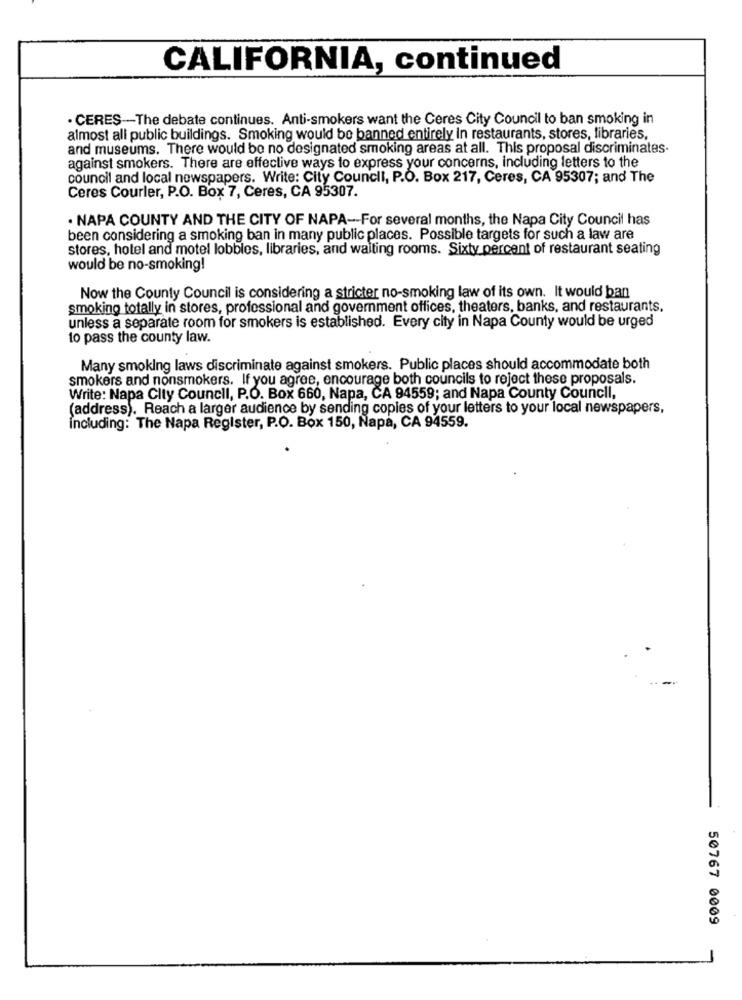
CALIFORNIA, continued
. CERES -- The debate continues. Anti-smokers want the Ceres City Council to ban smoking in
almost all public buildings. Smoking would be banned entirely in restaurants, stores, libraries,
and museums. There would be no designated smoking areas at all. This proposal discriminates.
against smokers. There are effective ways to express your concerns, including letters to the
council and local newspapers. Write: City Council, P.O. Box 217, Ceres, CA 95307; and The
Ceres Courler, P.O. Box 7, Ceres, CA 95307.
. NAPA COUNTY AND THE CITY OF NAPA-For several months, the Napa City Council has
been considering a smoking ban in many public places. Possible targets for such a law are
stores, hotel and motel lobbles, libraries, and waiting rooms. Sixty percent of restaurant seating
would be no-smoking!
Now the County Council is considering a stricter no-smoking law of its own. It would ban
smoking totally in stores, professional and government offices, theaters, banks, and restaurants.
unless a separate room for smokers is established. Every city in Napa County would be urged
to pass the county law.
Many smoking laws discriminate against smokers. Public places should accommodate both
smokers and nonsmokers. If you agree, encourage both councils to reject these proposals.
Write: Napa City Council, P.O. Box 660, Napa, CA 94559; and Napa County Council,
(address). Reach a larger audience by sending copies of your letters to your local newspapers,
Including: The Napa Register, P.O. Box 150, Napa, CA 94559.
50767 0009